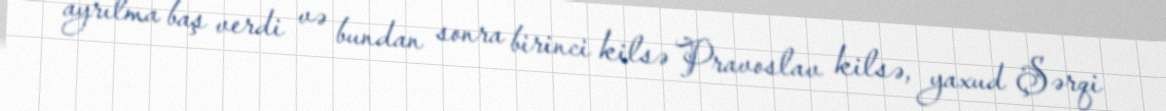
ayrılma baş verdi və bundan sonra birinci kilsə Pravoslav kilsə, yaxud Şərqi